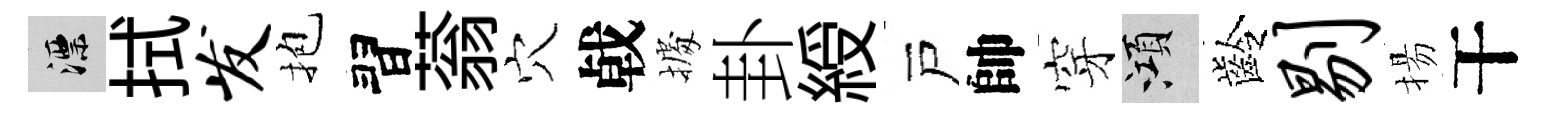
漂拭发抱習蓊穴㦸𢴃卦綬戸帥穿澒齡剔揚干